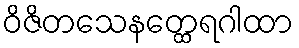
ဝိဇိတသေနတ္ထေရဂါထာ